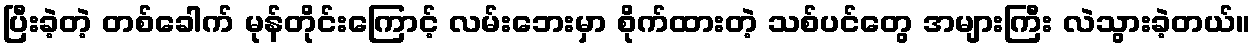
ပြီးခဲ့တဲ့ တစ်ခေါက် မုန်တိုင်းကြောင့် လမ်းဘေးမှာ စိုက်ထားတဲ့ သစ်ပင်တွေ အများကြီး လဲသွားခဲ့တယ်။